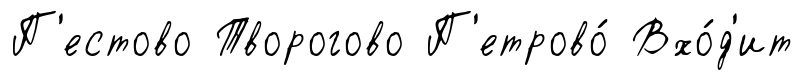
П'естово Творогово П'етрово́ Вхо́д'ит